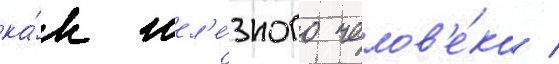
ка́к жел'е́зного челов'е́ка /